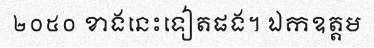
២០៥០ ខាងនេះទៀតផង។ ឯកឧត្តម